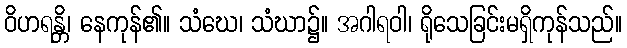
ဝိဟရန္တိ၊ နေကုန်၏။ သံဃေ၊ သံဃာ၌။ အဂါရဝါ၊ ရိုသေခြင်းမရှိကုန်သည်။